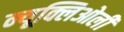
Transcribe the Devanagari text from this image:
न्यूक्लिओली